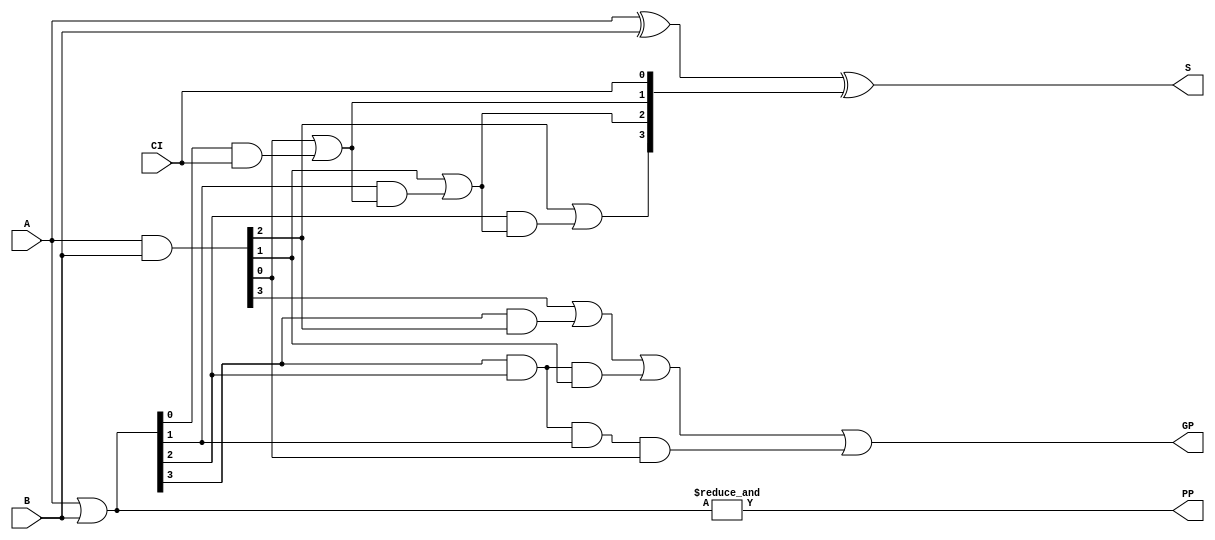
// Description: Carry Look-Ahead Adders
// Details:
//
// Four Bit Slice of Carry Look-Ahead Adder
//
//    SUM[i]       = A[i] xor B[i] xor Carry[i]
//    GENERATE[i]  = A[i] and B[i]
//    PROPAGATE[i] = A[i] or B[i]
//    CARRY[i]     = GENERATE[i-1] or (PROPAGATE[i-1] and CARRY[i-1])
//
module CLA_4Bits(PP,GP,S,A,B,CI);
  output          PP,GP;                  // Carry Propagate & Generate Prime
  output [3:0]    S;                      // Sum
  input  [3:0]    A,B;                    // Adder Inputs
  input           CI;                     // Carry In

  wire [3:0] P =  A | B;
  wire [3:0] G =  A & B;

  wire  C1 =  G[0] | P[0]&CI;
  wire  C2 =  G[1] | P[1]&C1;
  wire  C3 =  G[2] | P[2]&C2;
  wire [3:0] C = { C3, C2, C1, CI };

  assign PP = & P[3:0];
  assign GP = G[3] | P[3]&G[2] | P[3]&P[2]&G[1] | P[3]&P[2]&P[1]&G[0];
  assign S  =  A ^ B ^ C ;
  // always  #1 $display ($time,,,"BIT CI=%b, C=%b, A=%b, B=%b, S=%b, P=%b, G=%b", CI, C, A, B, S, P, G);
endmodule

// Four Bit Carry Look-Ahead generator
//
module CLA_Gen_2Bits(PPP,GPP,C4,PP,GP,CI);
  output          PPP, GPP, C4;
  input  [1:0]    PP, GP;
  input           CI;

  assign C4=GP[0] | PP[0]&CI,
         GPP=GP[1] | PP[1]&GP[0],
         PPP=PP[1]&PP[0];

endmodule

// Four Bit Carry Look-Ahead generator
//
module CLA_Gen_4Bits(PPP,GPP,C4,C8,C12,PP,GP,CI);
  output          PPP, GPP, C4, C8, C12;
  input  [3:0]    PP, GP;
  input           CI;

      assign C4=GP[0] | PP[0]&CI,
             C8=GP[1] | PP[1]&GP[0] | PP[1]&PP[0]&CI,
             C12=GP[2] | PP[2]&GP[1] | PP[2]&PP[1]&GP[0] | PP[2]&PP[1]&PP[0]&CI,
             GPP=GP[3] | PP[3]&GP[2] | PP[3]&PP[2]&GP[1] | PP[3]&PP[2]&PP[1]&GP[0],
             PPP = & PP[3:0];

endmodule

// SixTeen Bit Slice Carry Look-Ahead Adder
//
module CLA_16Bits(PPP,GPP,S,A,B,CI);
  output          GPP, PPP;
  output [15:0]   S;
  input  [15:0]   A,B;
  input           CI;
  wire   [3:0]    PP, GP;
  wire            C4, C8, C12;

  CLA_4Bits  BITS30(PP[0],GP[0],S[3:0],A[3:0],B[3:0],CI),
             BITS74(PP[1],GP[1],S[7:4],A[7:4],B[7:4],C4),
             BITS118(PP[2],GP[2],S[11:8],A[11:8],B[11:8],C8),
             BITS1512(PP[3],GP[3],S[15:12],A[15:12],B[15:12],C12);

  CLA_Gen_4Bits GEN150(PPP,GPP,C4,C8,C12,PP[3:0],GP[3:0],CI);

  // always #10 $display ($time,,,"G1  GP=%b, PP=%b, C=%b%b%b%b", GP, PP, C12,C8,C4,CI);
  // always #10 $display ($time,,,"G1  A=%h, B=%h, S=%h", A, B, S);
endmodule

// Sixteen Bit Carry Look-Ahead Adder
//
module CLA_16Bit_Adder(CO,S,A,B,CI);
  output          CO;
  output [15:0]   S;
  input  [15:0]   A,B;
  input           CI;
  wire            PP, GP;

  CLA_16Bits     BITS15_0(PP,GP,S[15:0],A[15:0],B[15:0],CI);
  assign         CO =  GP | PP&CI;

  // always #10 $display ($time,,,"G2  GP=%b, PP=%b, C=%b", GP, PP, CI);
  // always #10 $display ($time,,,"G2  A=%h, B=%h, S=%h", A, B, S);
endmodule

// Thirty Two Bit Carry Look-Ahead Adder
//
module CLA_32Bit_Adder(CO,S,A,B,CI);
  output          CO;
  output [31:0]   S;
  input  [31:0]   A,B;
  input           CI;
  wire            GPP, PPP;
  wire   [1:0]    PP, GP;
  wire            C16, C32, C48;

  CLA_16Bits     BITS15_0(PP[0],GP[0],S[15:0],A[15:0],B[15:0],CI),
                 BITS31_16(PP[1],GP[1],S[31:16],A[31:16],B[31:16],C16);

  CLA_Gen_2Bits  GEN31_0(PPP,GPP,C16,PP[1:0],GP[1:0],CI);
  assign         CO =  GPP | PPP&CI;

// always #10 $display ($time,,,"G2  GP=%b, PP=%b, C=%b%b", GP, PP, C16,CI);
// always #10 $display ($time,,,"G2  A=%h, B=%h, S=%h", A, B, S);
endmodule

// SixtyFour Bit Carry Look-Ahead Adder
//
module CLA_64Bit_Adder(CO,S,A,B,CI);
  output          CO;
  output [63:0]   S;
  input  [63:0]   A,B;
  input           CI;
  wire            GPP, PPP;
  wire   [3:0]    PP, GP;
  wire            C16, C32, C48;

  CLA_16Bits     BITS15_0(PP[0],GP[0],S[15:0],A[15:0],B[15:0],CI),
                 BITS31_16(PP[1],GP[1],S[31:16],A[31:16],B[31:16],C16),
                 BITS47_32(PP[2],GP[2],S[47:32],A[47:32],B[47:32],C32),
                 BITS63_48(PP[3],GP[3],S[63:48],A[63:48],B[63:48],C48);

  CLA_Gen_4Bits  GEN63_0(PPP,GPP,C16,C32,C48,PP[3:0],GP[3:0],CI);
  assign         CO =  GPP | PPP&CI;

  // always #10 $display ($time,,,"G2  GP=%b, PP=%b, C=%b%b%b%b", GP, PP, C48,C32,C16,CI);
  // always #10 $display ($time,,,"G2  A=%h, B=%h, S=%h", A, B, S);
endmodule